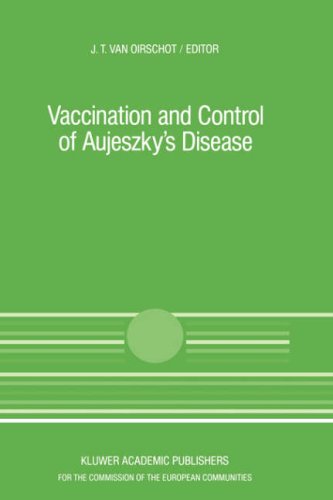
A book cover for Vaccination and Control of Aujeszky's Disease (Current Topics in Veterinary Medicine); Medical Books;